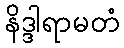
နိဒ္ဒါရာမတံ